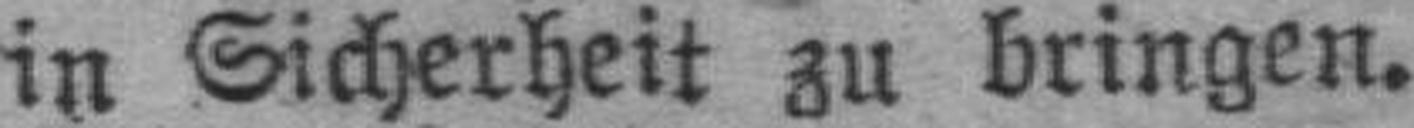
in Sicherheit zu bringen.